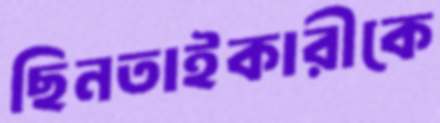
ছিনতাইকারীকে